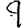
Digit: 9